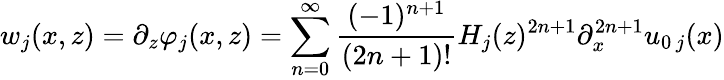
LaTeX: w_{j}(x,z)=\partial_{z}\varphi_{j}(x,z)=\sum_{n=0}^{\infty}\frac{(-1)^{n+1}}{(2n+1)!}H_{j}(z)^{2n+1}\partial_{x}^{2n+1}u_{0\, j}(x)